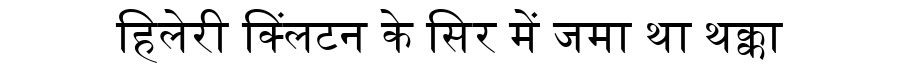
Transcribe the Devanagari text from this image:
हिलेरी क्लिंटन के सिर में जमा था थक्का